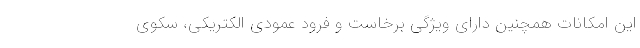
این امکانات همچنین دارای ویژگی برخاست و فرود عمودی الکتریکی، سکوی